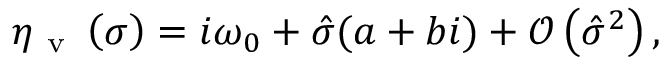
\eta _ { \mathrm { ~ v ~ } } \left( \sigma \right) = i \omega _ { 0 } + \hat { \sigma } ( a + b i ) + \mathcal { O } \left( \hat { \sigma } ^ { 2 } \right) ,